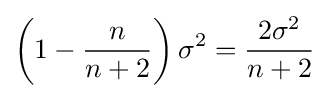
\left(1-{\frac {n}{n+2}}\right)\sigma ^{2}={\frac {2\sigma ^{2}}{n+2}}